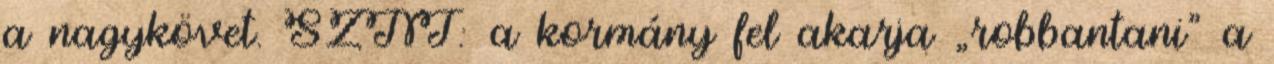
a nagykövet. SZNT: a kormány fel akarja „robbantani” a